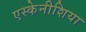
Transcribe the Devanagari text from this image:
एस्केनीशिया